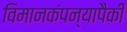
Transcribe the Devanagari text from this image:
विमानकंपन्यापैकी